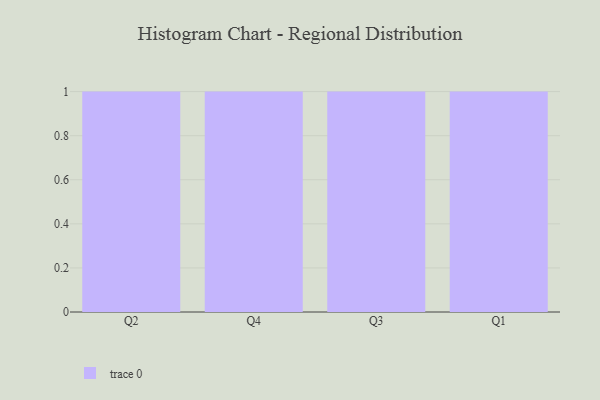
{"axis": {"x": "Quarter", "y": "Inventory Turnover"}, "legend": [""], "data": [{"x": "Q2", "y": 16, "type": ""}, {"x": "Q4", "y": 68, "type": ""}, {"x": "Q3", "y": 90, "type": ""}, {"x": "Q1", "y": 65, "type": ""}]}